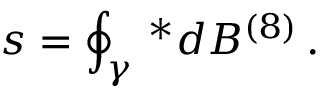
s = \oint _ { \gamma } \, ^ { * } d B ^ { ( 8 ) } \, .